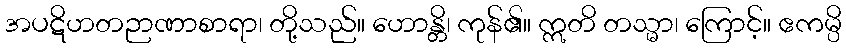
အပဋိဟတဉာဏာစာရာ၊ တို့သည်။ ဟောန္တိ၊ ကုန်၏။ ဣတိ တသ္မာ၊ ကြောင့်။ ဧကမ္ပိ